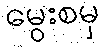
မွေးစမှ